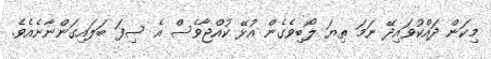
މިކަން ދައްކުވައިދޭ ނަމަ ތިޔަ ލޯބިވެގެން އުޅޭ ކުއްޖާވެސް އެ ސިފަ ބަލައިގަންނާނެއެވެ.